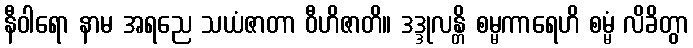
နီဝါရော နာမ အရညေ သယံဇာတာ ဝီဟိဇာတိ။ ဒဒ္ဒုလန္တိ စမ္မကာရေဟိ စမ္မံ လိခိတွာ